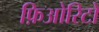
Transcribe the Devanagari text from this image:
फ़िओरिटो